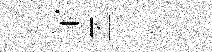
館㒷飣